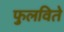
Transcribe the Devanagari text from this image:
फुलविते